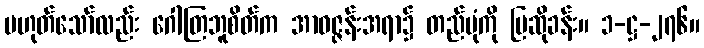
မဟုတ်သော်လည်း ဂေါတြဘူစိတ်က အာဝဇ္ဇန်းအရာ၌ တည်ပုံကို ပြဆိုခန်း။ ၁-ဋ္ဌ-၂၇၆။